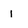
Character: i